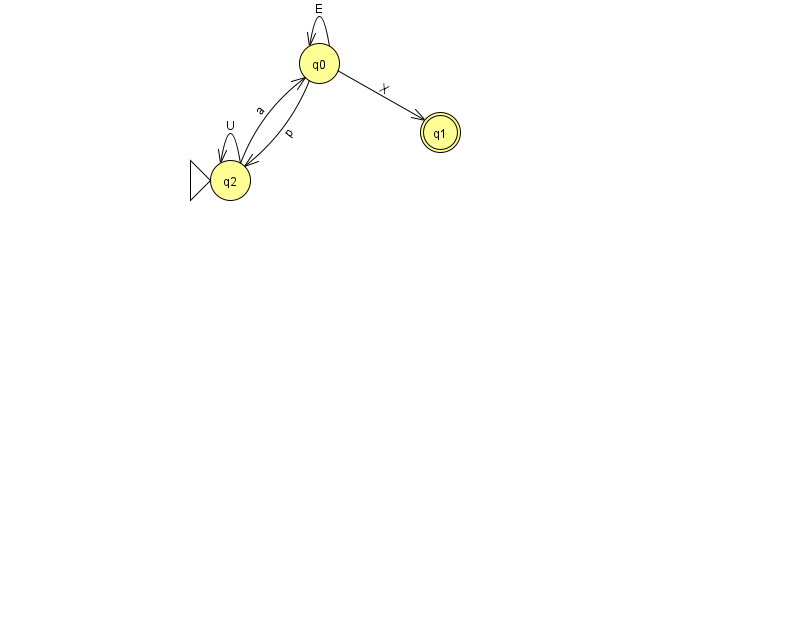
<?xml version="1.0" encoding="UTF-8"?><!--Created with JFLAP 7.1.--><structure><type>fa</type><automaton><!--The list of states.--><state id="0" name="q0"><x>319.0</x><y>50.0</y></state><state id="1" name="q1"><x>440.0</x><y>119.0</y><final/></state><state id="2" name="q2"><x>230.0</x><y>167.0</y><initial/></state><!--The list of transitions.--><transition><from>0</from><to>0</to><read>E</read></transition><transition><from>2</from><to>2</to><read>U</read></transition><transition><from>2</from><to>0</to><read>a</read></transition><transition><from>0</from><to>2</to><read>p</read></transition><transition><from>0</from><to>1</to><read>X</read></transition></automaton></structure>